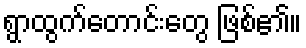
ရွာထွက်တောင်းတွေ ဖြစ်၏။